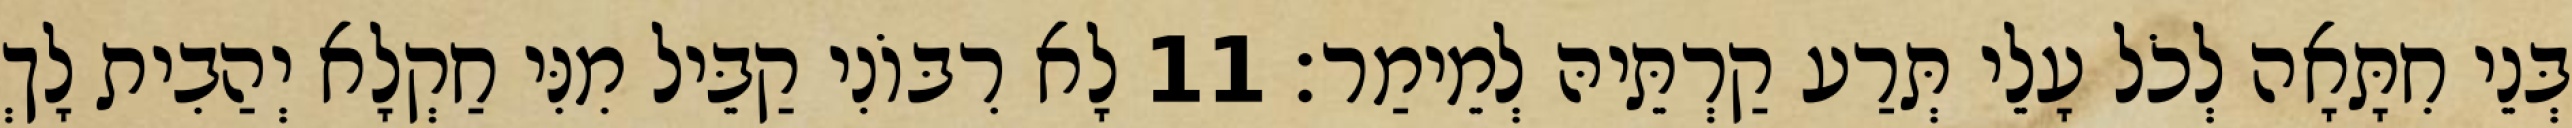
בְּנֵי חִתָּאָה לְכֹל עָלֵי תְּרַע קַרְתֵּיהּ לְמֵימַר׃ 11 לָא רִבּוֹנִי קַבֵּיל מִנִּי חַקְלָא יְהַבִית לָךְ